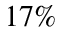
1 7 \%